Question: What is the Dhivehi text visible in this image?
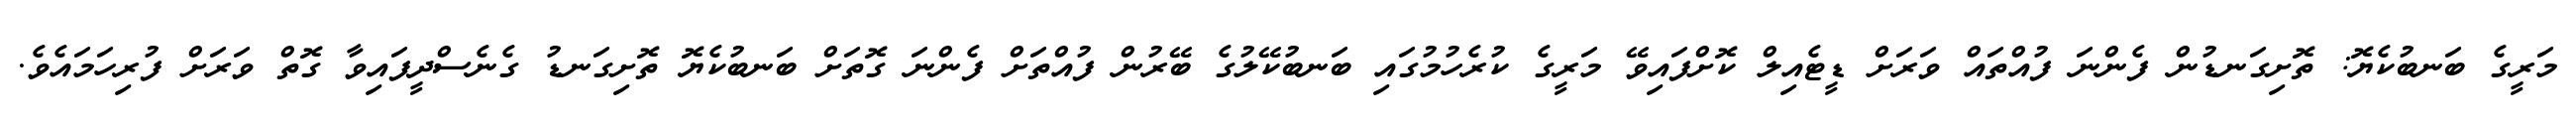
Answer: މަރީގެ ބަނބުކެޔޮ: ތޮށިގަނޑުން ފެންނަ ފުއްތައް ވަރަށް ޑީޓެއިލް ކޮށްފައިވޭ މަރީގެ ކުރެހުމުގައި ބަނބުކޭލުގެ ބޭރުން ފުއްތަށް ފެންނަ ގޮތަށް ބަނބުކެޔޮ ތޮށިގަނޑު ގެނެސްދީފައިވާ ގޮތް ވަރަށް ފުރިހަމައެވެ.